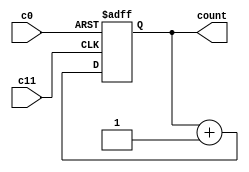
module count1 (
    input c0,c11,
    output reg [1:0]count
);

always @(posedge c0, posedge c11) begin
    if(c0)
        count <= 2'b00;
    else if(c11)
        count <= count + 1;
end

endmodule

module count2 (
    input c0,c2,c14,
    output reg [2:0] count
);
always @(posedge c0, posedge c2, posedge c14) begin
    if(c0)
        count <= 2'b00;
    else if(c2)
        count <= count + 1;
    else if(c14)
        count <= count - 1;

end

endmodule